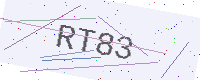
Text: RT83